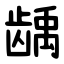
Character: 龋